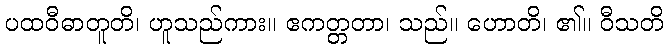
ပထဝီဓာတူတိ၊ ဟူသည်ကား။ ဧကတ္တတာ၊ သည်။ ဟောတိ၊ ၏။ ဝီသတိ